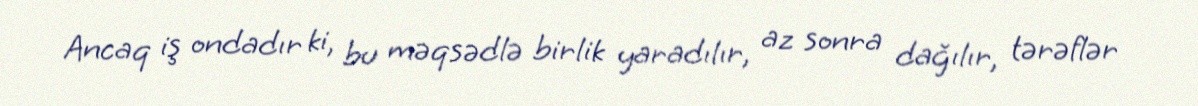
Ancaq iş ondadır ki, bu məqsədlə birlik yaradılır, az sonra dağılır, tərəflər